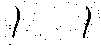
၊ ၊